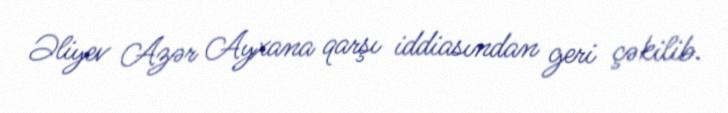
Əliyev Azər Ayxana qarşı iddiasından geri çəkilib.